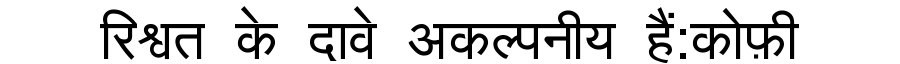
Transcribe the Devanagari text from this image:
रिश्वत के दावे अकल्पनीय हैं:कोफ़ी